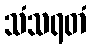
သံသရတံ